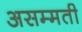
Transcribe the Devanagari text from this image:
असम्मती